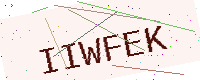
Text: IIWFEK